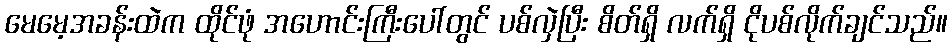
မေမေ့အခန်းထဲက ထိုင်ဖုံ အဟောင်းကြီးပေါ်တွင် ပစ်လှဲပြီး စိတ်ရှိ လက်ရှိ ငိုပစ်လိုက်ချင်သည်။